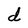
Character: d